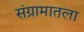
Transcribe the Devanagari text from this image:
संग्रामातला